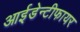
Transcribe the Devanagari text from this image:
आईडेन्टीफायर